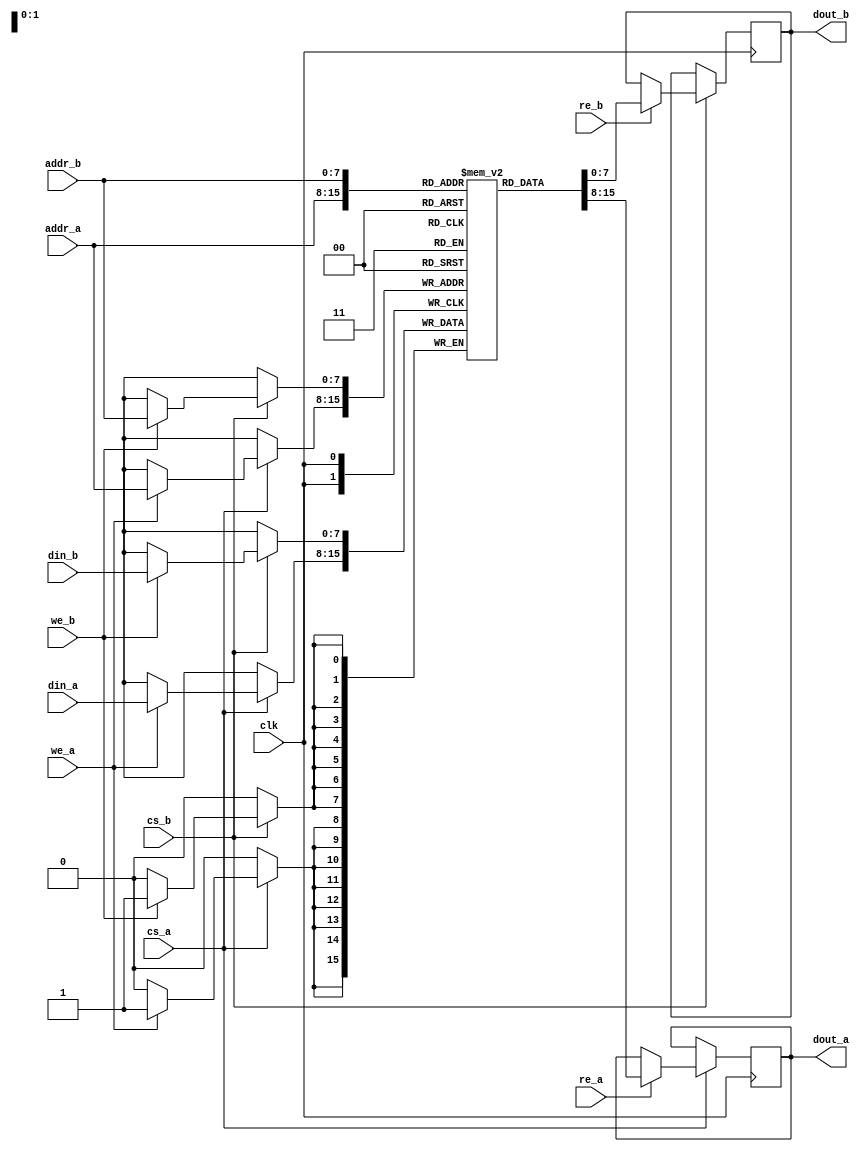
module dual_port_sram #(
    parameter DATA_WIDTH = 8,  // Data width, e.g., 8, 16, 32 bits
    parameter ADDR_WIDTH = 8   // Address width, determines memory size
)(
    input wire clk,              // Clock signal
    input wire cs_a,            // Chip Select for Port A
    input wire we_a,            // Write Enable for Port A
    input wire re_a,            // Read Enable for Port A
    input wire [ADDR_WIDTH-1:0] addr_a, // Address for Port A
    input wire [DATA_WIDTH-1:0] din_a,   // Data input for Port A
    output reg [DATA_WIDTH-1:0] dout_a,   // Data output for Port A

    input wire cs_b,            // Chip Select for Port B
    input wire we_b,            // Write Enable for Port B
    input wire re_b,            // Read Enable for Port B
    input wire [ADDR_WIDTH-1:0] addr_b, // Address for Port B
    input wire [DATA_WIDTH-1:0] din_b,   // Data input for Port B
    output reg [DATA_WIDTH-1:0] dout_b    // Data output for Port B
);
    
    // Memory array declaration
    reg [DATA_WIDTH-1:0] mem [(1 << ADDR_WIDTH) - 1:0]; // Memory array

    always @(posedge clk) begin
        // Port A Operations
        if (cs_a) begin
            if (we_a) begin
                // Write data to memory at addr_a
                mem[addr_a] <= din_a;
            end
            if (re_a) begin
                // Read data from memory at addr_a
                dout_a <= mem[addr_a];
            end
        end
    end

    always @(posedge clk) begin
        // Port B Operations
        if (cs_b) begin
            if (we_b) begin
                // Write data to memory at addr_b
                mem[addr_b] <= din_b;
            end
            if (re_b) begin
                // Read data from memory at addr_b
                dout_b <= mem[addr_b];
            end
        end
    end

endmodule